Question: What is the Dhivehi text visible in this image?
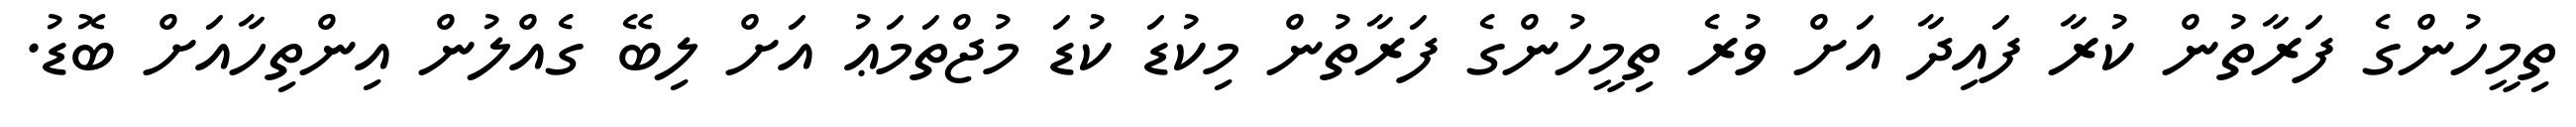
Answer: ތިމީހުންގެ ފަރާތުން ކުރާ ފައިދާ އަށް ވުރެ ތިމީހުންގެ ފަރާތުން މިކުޑަ ކުޑަ މުޖްތަމަޢު އަށް ލިބޭ ގެއްލުން އިންތިހާއަށް ބޮޑު.